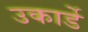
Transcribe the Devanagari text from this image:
उकार्डे